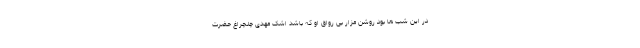
در این شب ها بود روشن مزار بى رواق او که باشد اشک مهدى چلچراغ حضرت